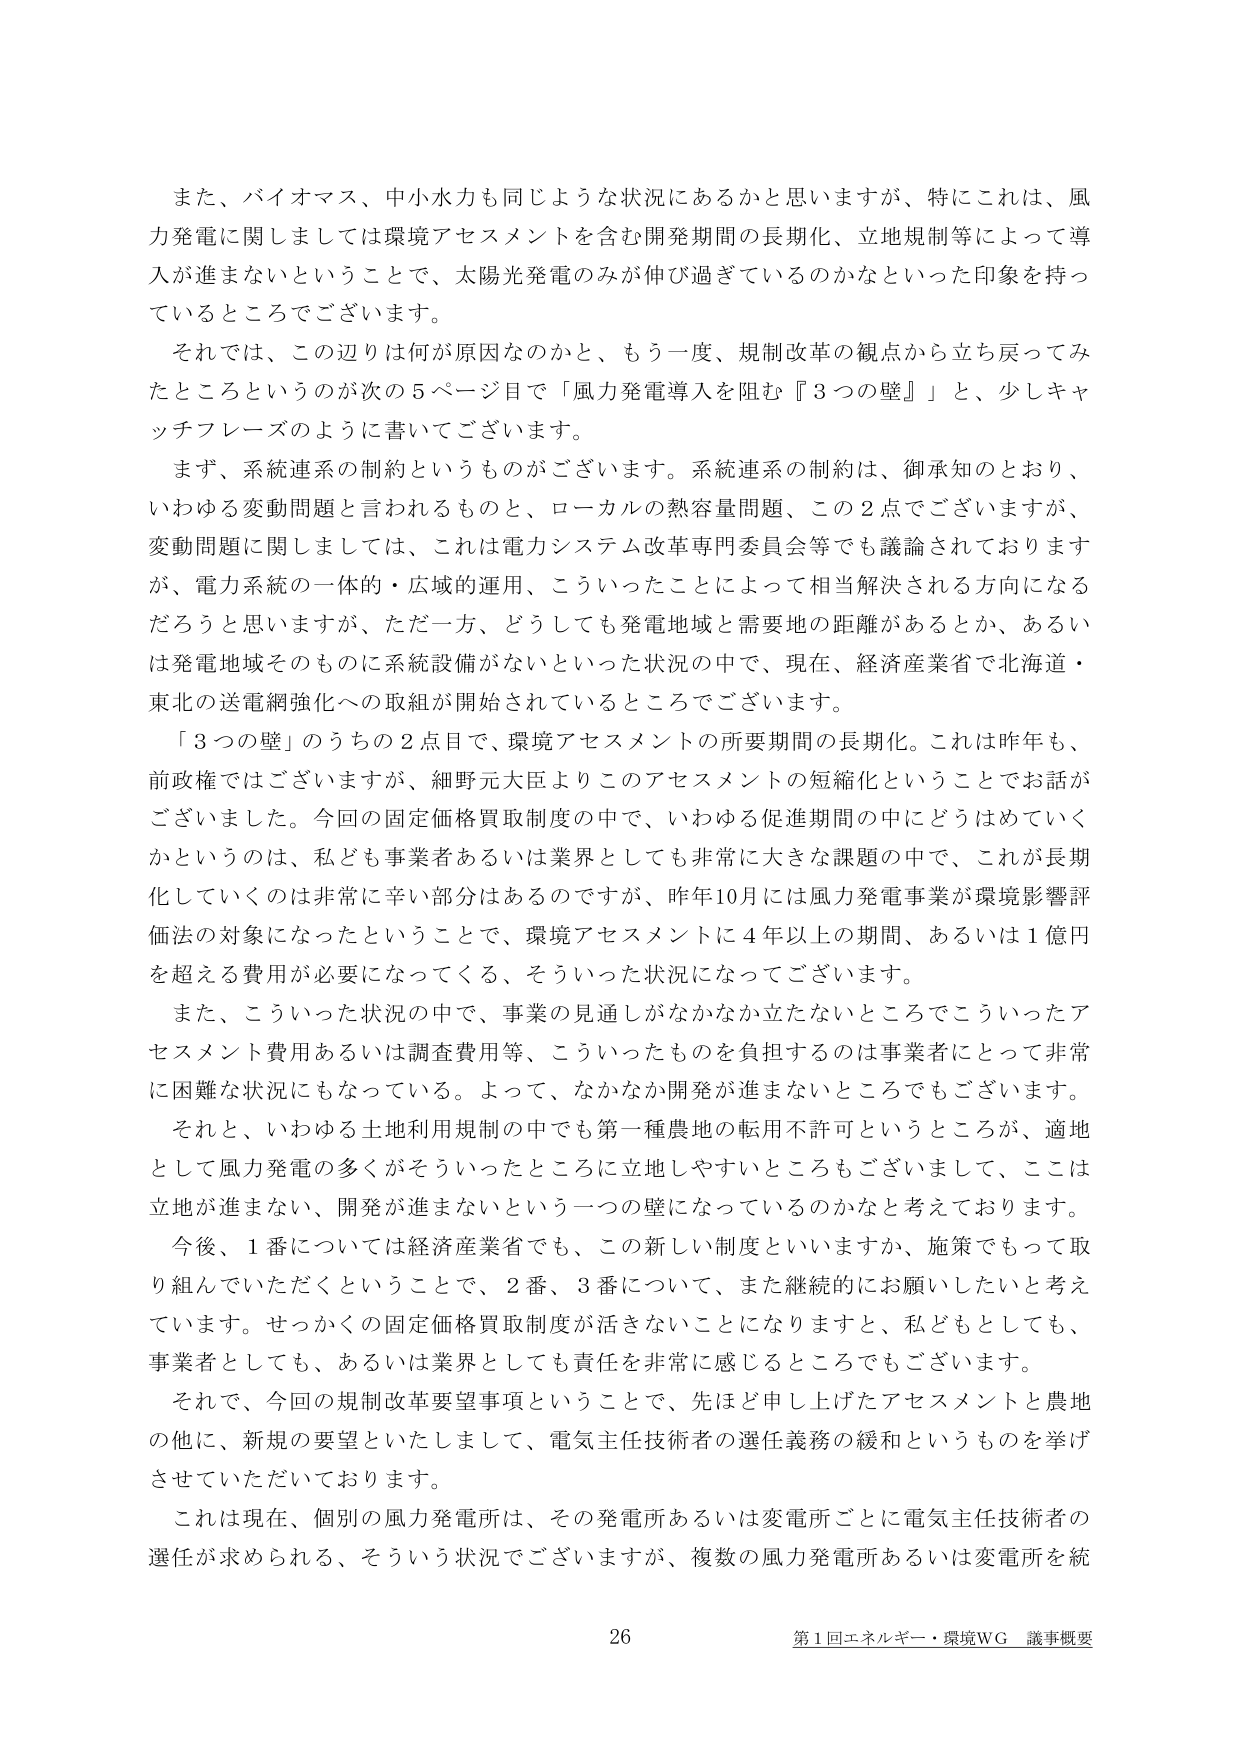
また、バイオマス、中小水力も同じような状況にあるかと思いますが、特にこれは、風力発電に関しましては環境アセスメントを含む開発期間の長期化、立地規制等によって導入が進まないということで、太陽光発電のみが伸び過ぎているのかなといった印象を持っているところでございます。

それでは、この辺りは何が原因なのかと、もう一度、規制改革の観点から立ち戻ってみたところというのが次の5ページ目で「風力発電導入を阻む『3つの壁』」と、少しざっつフレーズのように書いてございます。

まず、系統連系の制約というものがございます。系統連系の制約は、御承知のとおり、いわゆる変動問題と言われるものと、ローカルの熱容量問題、この2点でございますが、変動問題に関しましては、これは電力システム改革専門委員会等でも議論されておりますが、電力系統の一体的・広域的運用、こういったことによって相当解決される方向になるだろうと思いますが、ただ一方、どうしても発電地域と需要地の距離があるとか、あるいは発電地域そのものに系統設備がないといった状況の中で、現在、経済産業省で北海道・東北の送電網強化への取組が開始されているところでございます。

「3つの壁」のうちの2点目で、環境アセスメントの所要期間の長期化。これは昨年も、前政権ではございますが、細野元大臣よりこのアセスメントの短縮化ということでお話がございました。今回の固定価格買取制度の中で、いわゆる促進期間の中にどうはめていくかというのは、私ども事業者あるいは業界としても非常に大きな課題の中で、これが長期化していくのは非常に辛い部分はあるのですが、昨年10月には風力発電事業が環境影響評価法の対象になったということで、環境アセスメントに4年以上の期間、あるいは1億円を超える費用が必要になってくる、そういった状況になってございます。

また、こういった状況の中で、事業の見通しがなかなか立たないところでこういったアセスメント費用あるいは調査費用等、こういったものを負担するのは事業者にとって非常に困難な状況にもなっている。よって、なかなか開発が進まないところでもございます。

それと、いわゆる土地利用規制の中でも第一種農地の転用不許可というところが、適地として風力発電の多くがそういったところに立地しやすいところもございまして、ここは立地が進まない、開発が進まないという一つの壁になっているのかなと考えております。

今後、1番については経済産業省でも、この新しい制度といいますか、施策でもって取り組んでいただくということで、2番、3番について、また継続的にお願いしたいと考えています。せっかくの固定価格買取制度が活きないことになりますと、私どもとしても、事業者としても、あるいは業界としても責任を非常に感じるとこでもございます。

それで、今回の規制改革要望事項ということで、先ほど申し上げたアセスメントと農地の他に、新規の要望といたしまして、電気主任技術者の選任義務の緩和というものを挙げさせていただいております。

これは現在、個別の風力発電所は、その発電所あるいは変電所ごとに電気主任技術者の選任が求められる、そういう状況でございますが、複数の風力発電所あるいは変電所を統

26
第1回エネルギー・環境WG 議事概要